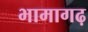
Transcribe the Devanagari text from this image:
भामागढ़